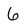
Character: 6